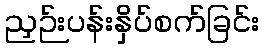
ညှဉ်းပန်းနှိပ်စက်ခြင်း